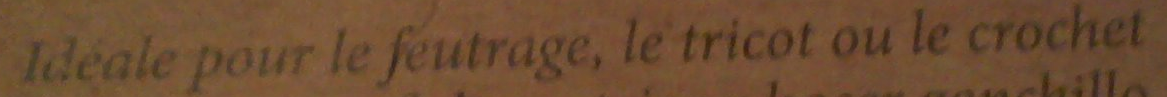
Ideale pour le feutrage, le tricot ou le crochet